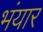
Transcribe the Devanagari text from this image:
भंयार